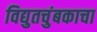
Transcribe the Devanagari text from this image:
विद्युतचुंबकाचा